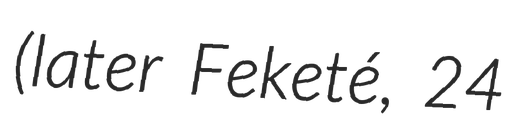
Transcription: (later Feketé, 24